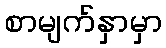
စာမျက်နှာမှာ